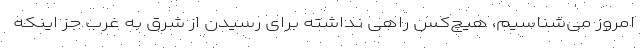
امروز می‌شناسیم، هیچ‌کس راهی نداشته برای رسیدن از شرق به غرب جز اینکه